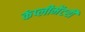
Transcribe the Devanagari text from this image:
कंप्लीमेंटरी